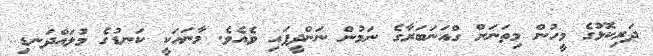
ދަރިކޮޅުގެ މީހުން މިތަނަށް ގްއަނަބަރާގެ ނަމުން ނަންދީފައި ވެއެވެ. މާނައަކީ ކަނޑުގެ މުލައްދަނޑި